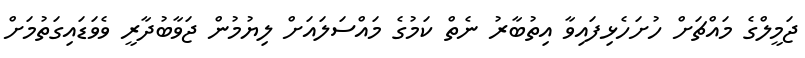
ޖަމީލްގެ މައްޗަށް ހުށަހެޅިފައިވާ އިތުބާރު ނެތް ކަމުގެ މައްސަލައަށް ލިޔުމުން ޖަވާބުދާރީ ވެވަޑައިގަތުމަށް